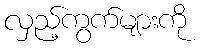
လှည့်ကွက်များကို